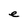
Character: e